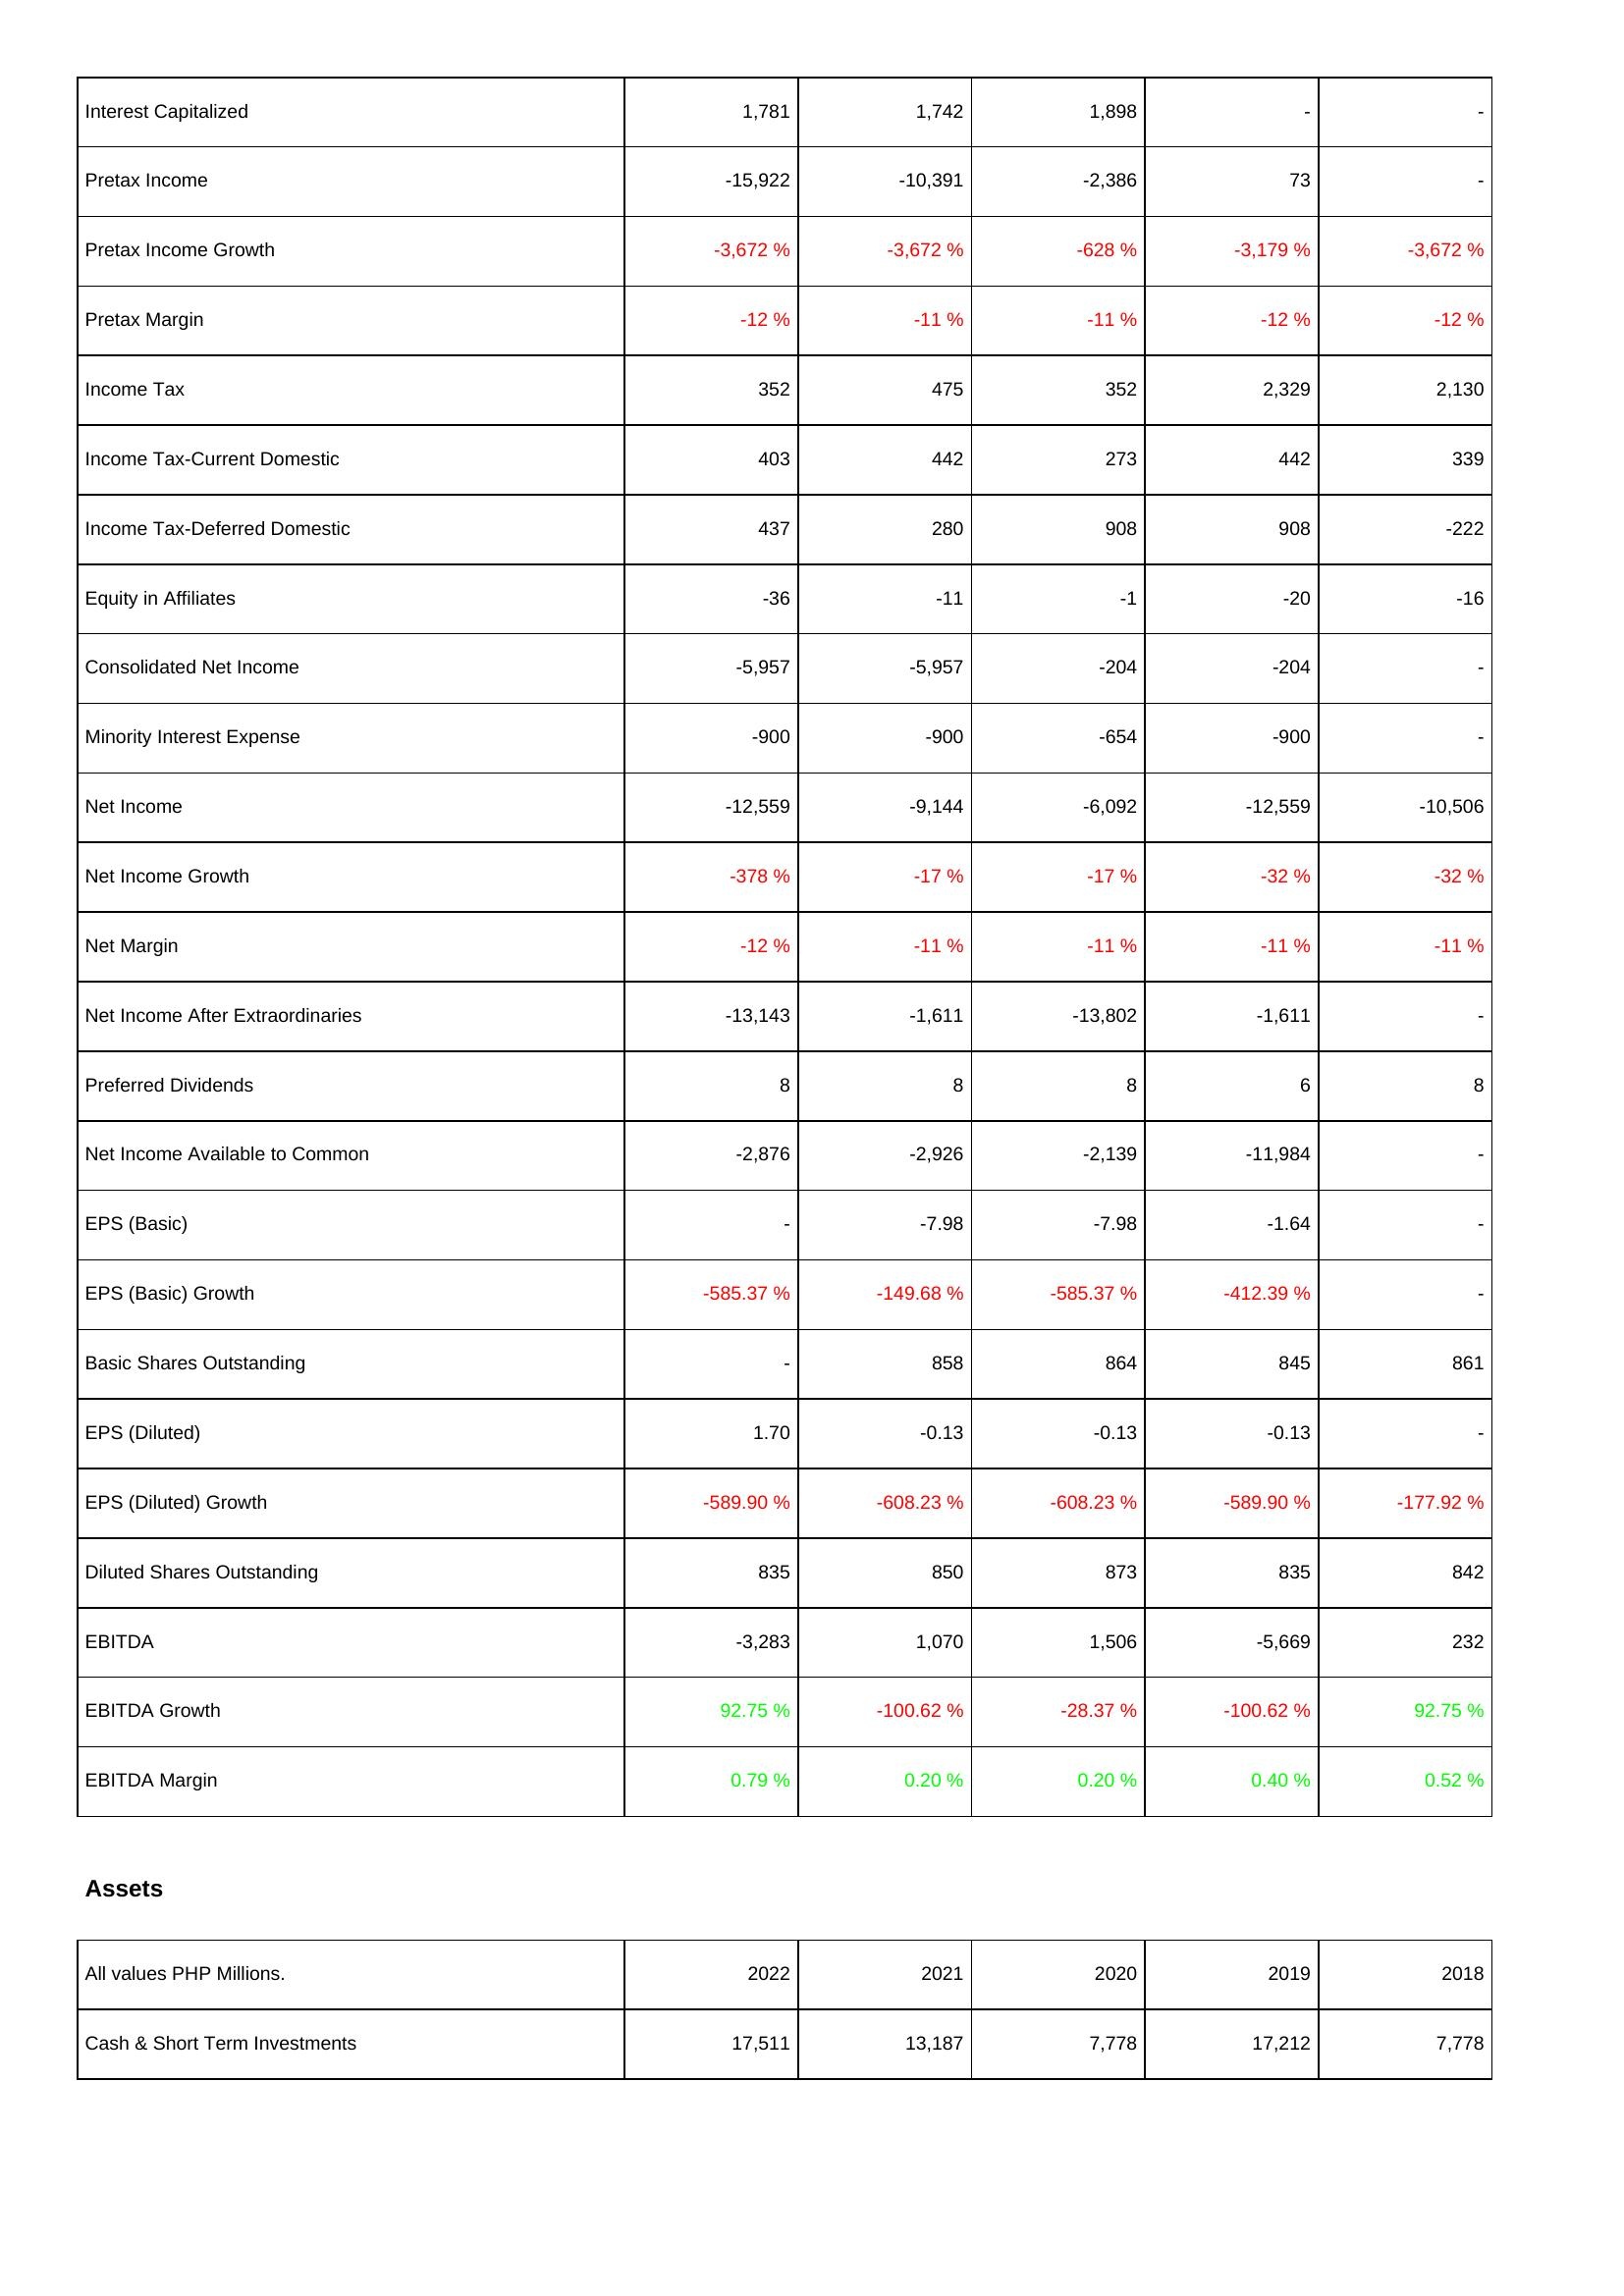
2022: Income Statement: Interest Capitalized: 1,781
Pretax Income: -15,922
Pretax Income Growth: -3,672 %
Pretax Margin: -12 %
Income Tax: 352
Income Tax-Current Domestic: 403
Income Tax-Deferred Domestic: 437
Equity in Affiliates: -36
Consolidated Net Income: -5,957
Minority Interest Expense: -900
Net Income: -12,559
Net Income Growth: -378 %
Net Margin: -12 %
Net Income After Extraordinaries: -13,143
Preferred Dividends: 8
Net Income Available to Common: -2,876
EPS (Basic): -
EPS (Basic) Growth: -585.37 %
Basic Shares Outstanding: -
EPS (Diluted): 1.70
EPS (Diluted) Growth: -589.90 %
Diluted Shares Outstanding: 835
EBITDA: -3,283
EBITDA Growth: 92.75 %
EBITDA Margin: 0.79 %
Assets: Cash & Short Term Investments: 17,511
2021: Income Statement: Interest Capitalized: 1,742
Pretax Income: -10,391
Pretax Income Growth: -3,672 %
Pretax Margin: -11 %
Income Tax: 475
Income Tax-Current Domestic: 442
Income Tax-Deferred Domestic: 280
Equity in Affiliates: -11
Consolidated Net Income: -5,957
Minority Interest Expense: -900
Net Income: -9,144
Net Income Growth: -17 %
Net Margin: -11 %
Net Income After Extraordinaries: -1,611
Preferred Dividends: 8
Net Income Available to Common: -2,926
EPS (Basic): -7.98
EPS (Basic) Growth: -149.68 %
Basic Shares Outstanding: 858
EPS (Diluted): -0.13
EPS (Diluted) Growth: -608.23 %
Diluted Shares Outstanding: 850
EBITDA: 1,070
EBITDA Growth: -100.62 %
EBITDA Margin: 0.20 %
Assets: Cash & Short Term Investments: 13,187
2020: Income Statement: Interest Capitalized: 1,898
Pretax Income: -2,386
Pretax Income Growth: -628 %
Pretax Margin: -11 %
Income Tax: 352
Income Tax-Current Domestic: 273
Income Tax-Deferred Domestic: 908
Equity in Affiliates: -1
Consolidated Net Income: -204
Minority Interest Expense: -654
Net Income: -6,092
Net Income Growth: -17 %
Net Margin: -11 %
Net Income After Extraordinaries: -13,802
Preferred Dividends: 8
Net Income Available to Common: -2,139
EPS (Basic): -7.98
EPS (Basic) Growth: -585.37 %
Basic Shares Outstanding: 864
EPS (Diluted): -0.13
EPS (Diluted) Growth: -608.23 %
Diluted Shares Outstanding: 873
EBITDA: 1,506
EBITDA Growth: -28.37 %
EBITDA Margin: 0.20 %
Assets: Cash & Short Term Investments: 7,778
2019: Income Statement: Interest Capitalized: -
Pretax Income: 73
Pretax Income Growth: -3,179 %
Pretax Margin: -12 %
Income Tax: 2,329
Income Tax-Current Domestic: 442
Income Tax-Deferred Domestic: 908
Equity in Affiliates: -20
Consolidated Net Income: -204
Minority Interest Expense: -900
Net Income: -12,559
Net Income Growth: -32 %
Net Margin: -11 %
Net Income After Extraordinaries: -1,611
Preferred Dividends: 6
Net Income Available to Common: -11,984
EPS (Basic): -1.64
EPS (Basic) Growth: -412.39 %
Basic Shares Outstanding: 845
EPS (Diluted): -0.13
EPS (Diluted) Growth: -589.90 %
Diluted Shares Outstanding: 835
EBITDA: -5,669
EBITDA Growth: -100.62 %
EBITDA Margin: 0.40 %
Assets: Cash & Short Term Investments: 17,212
2018: Income Statement: Interest Capitalized: -
Pretax Income: -
Pretax Income Growth: -3,672 %
Pretax Margin: -12 %
Income Tax: 2,130
Income Tax-Current Domestic: 339
Income Tax-Deferred Domestic: -222
Equity in Affiliates: -16
Consolidated Net Income: -
Minority Interest Expense: -
Net Income: -10,506
Net Income Growth: -32 %
Net Margin: -11 %
Net Income After Extraordinaries: -
Preferred Dividends: 8
Net Income Available to Common: -
EPS (Basic): -
EPS (Basic) Growth: -
Basic Shares Outstanding: 861
EPS (Diluted): -
EPS (Diluted) Growth: -177.92 %
Diluted Shares Outstanding: 842
EBITDA: 232
EBITDA Growth: 92.75 %
EBITDA Margin: 0.52 %
Assets: Cash & Short Term Investments: 7,778